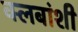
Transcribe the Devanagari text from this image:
क्लबांशी